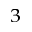
^ 3